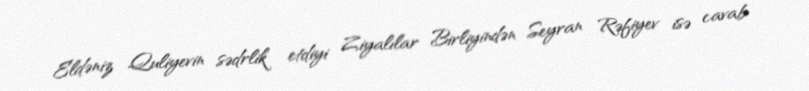
Eldəniz Quliyevin sədrlik etdiyi Ziyalılar Birliyindən Seyran Rəfiyev isə cavab